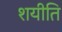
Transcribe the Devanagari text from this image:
शयीति